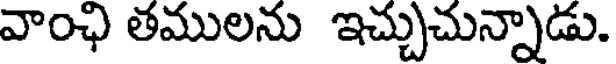
వాంఛి తములను ఇచ్చుచున్నాడు.